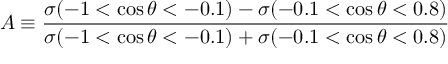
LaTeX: A \equiv \frac { \sigma ( - 1 < \cos \theta < - 0 . 1 ) - \sigma ( - 0 . 1 < \cos \theta < 0 . 8 ) } { \sigma ( - 1 < \cos \theta < - 0 . 1 ) + \sigma ( - 0 . 1 < \cos \theta < 0 . 8 ) }